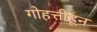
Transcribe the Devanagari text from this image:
गोहत्तीहून